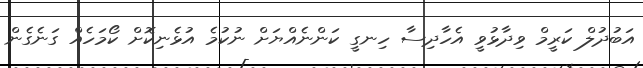
އަބުދުލް ކަރީމް ވިދާޅުވީ އެހާދިސާ ހިނގީ ކަންނެއްޔަށް ނުކުމެ އުޅެނިކޮށް ކޯމަހެއް ގަނެގެން